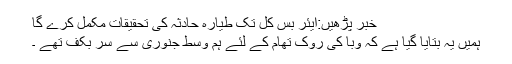
خبر پڑھیں:ایئر بس کل تک طیارہ حادثہ کی تحقیقات مکمل کرے گا
ہمیں یہ بتایا گیا ہے کہ وبا کی روک تھام کے لئے ہم وسط جنوری سے سر بکف تھے ۔